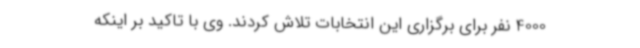
4000 نفر برای برگزاری این انتخابات تلاش کردند. وی با تاکید بر اینکه